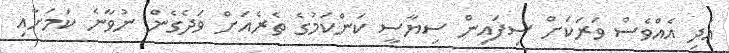
އަދި އެއްވެސް ވަރަކަށް ސިފައިން ސިޔާސީ ކަންކަމުގެ ތެރެއަށް ވަދެގެން ނުވާނެ ކަމަށާއި